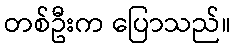
တစ်ဦးက ပြောသည်။